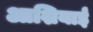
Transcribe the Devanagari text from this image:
आशियाई